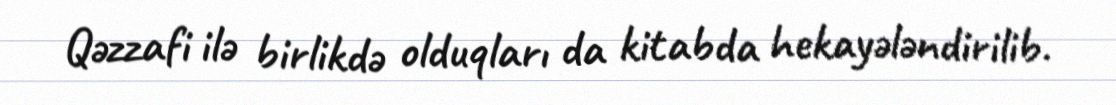
Qəzzafi ilə birlikdə olduqları da kitabda hekayələndirilib.